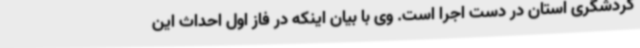
گردشگری استان در دست اجرا است. وی با بیان اینکه در فاز اول احداث این